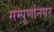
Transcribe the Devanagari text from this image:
सम्पूर्णानगर